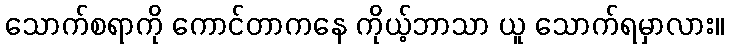
သောက်စရာကို ကောင်တာကနေ ကိုယ့်ဘာသာ ယူ သောက်ရမှာလား။